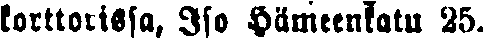
korttorissa, Iso Hämeenkatu 25.